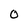
Character: O